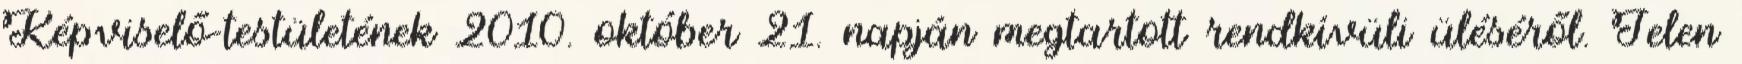
Képviselő-testületének 2010. október 21. napján megtartott rendkívüli üléséről. Jelen